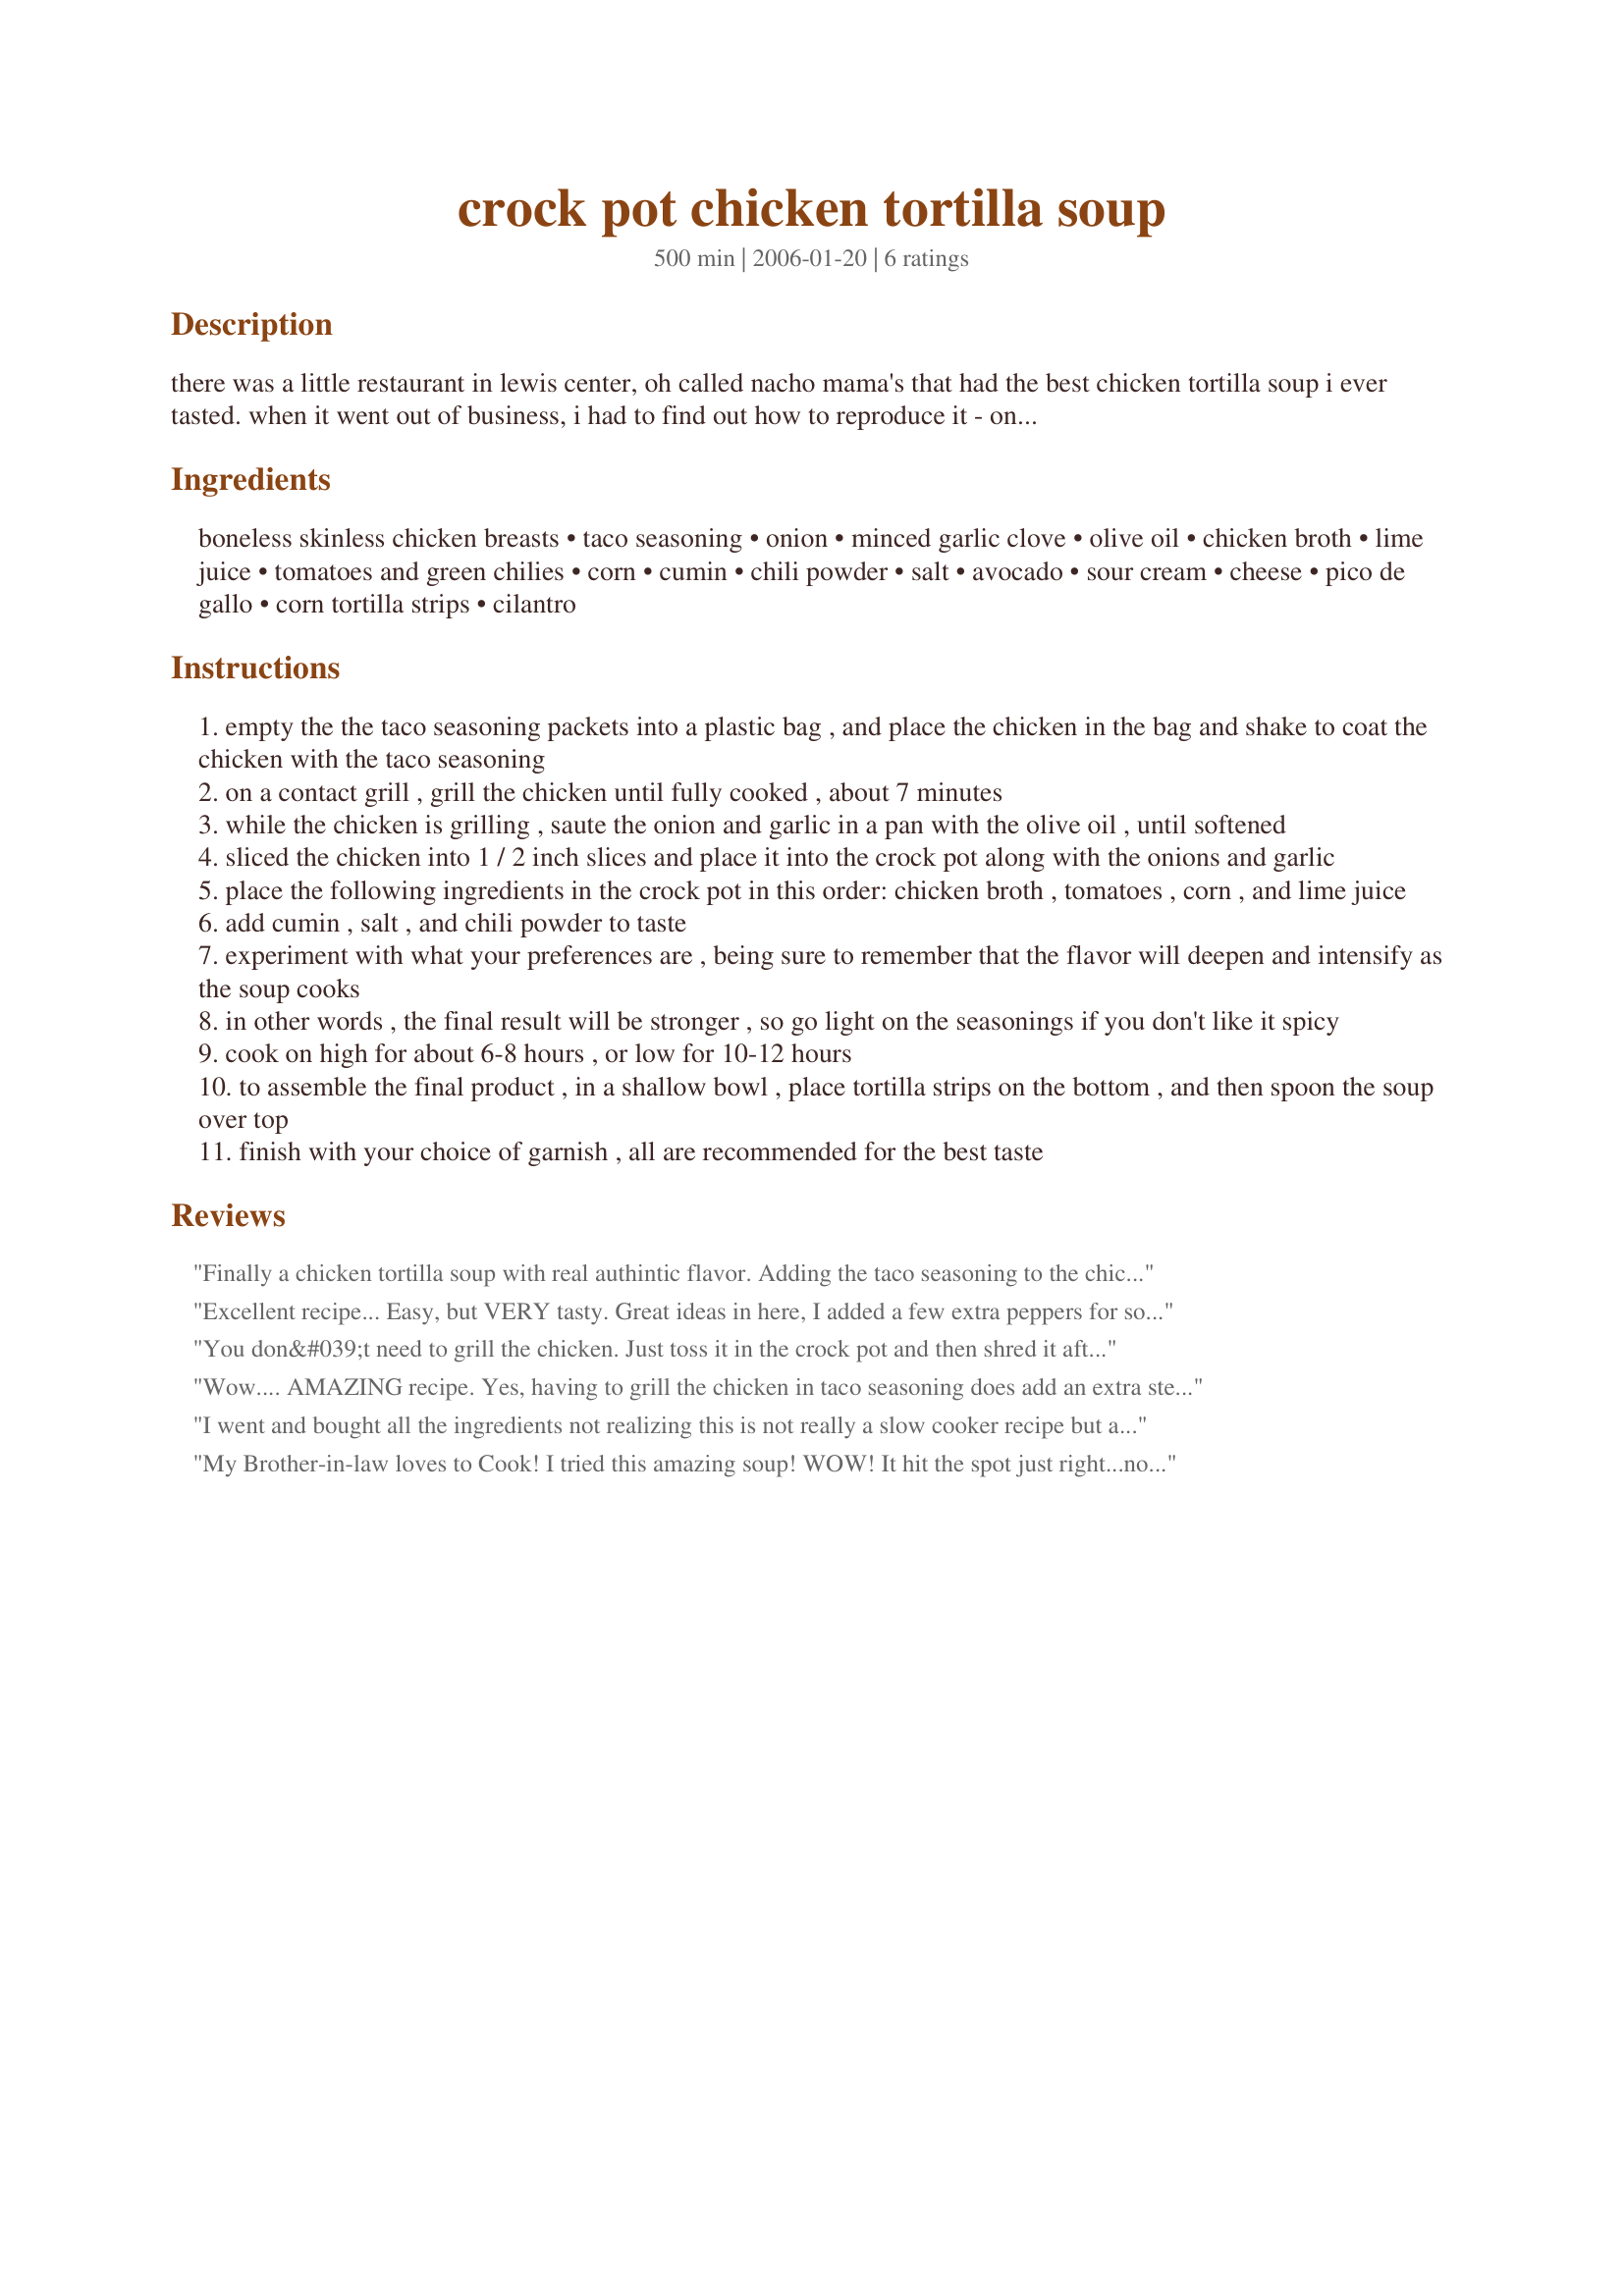
crock pot chicken tortilla soup
Preparation time: 500 minutes

there was a little restaurant in lewis center, oh called nacho mama's that had the best chicken tortilla soup i ever tasted. when it went out of business, i had to find out how to reproduce it - once i did, i slowly improved on the recipe until i made it my own.

Ingredients:
boneless skinless chicken breasts, taco seasoning, onion, minced garlic clove, olive oil, chicken broth, lime juice, tomatoes and green chilies, corn, cumin, chili powder, salt, avocado, sour cream, cheese, pico de gallo, corn tortilla strips, cilantro

Steps:
empty the the taco seasoning packets into a plastic bag , and place the chicken in the bag and shake to coat the chicken with the taco seasoning
on a contact grill , grill the chicken until fully cooked , about 7 minutes
while the chicken is grilling , saute the onion and garlic in a pan with the olive oil , until softened
sliced the chicken into 1 / 2 inch slices and place it into the crock pot along with the onions and garlic
place the following ingredients in the crock pot in this order: chicken broth , tomatoes , corn , and lime juice
add cumin , salt , and chili powder to taste
experiment with what your preferences are , being sure to remember that the flavor will deepen and intensify as the soup cooks
in other words , the final result will be stronger , so go light on the seasonings if you don't like it spicy
cook on high for about 6-8 hours , or low for 10-12 hours
to assemble the final product , in a shallow bowl , place tortilla strips on the bottom , and then spoon the soup over top
finish with your choice of garnish , all are recommended for the best taste

Reviews:
Finally a chicken tortilla soup with real authintic flavor. Adding the taco seasoning to the chicken as a marinade definately did the trick for me and now has become a family favorite for how we grill chicken! Thank you for your hard work to get this one down.
Excellent recipe... Easy, but VERY tasty. Great ideas in here, I added a few extra peppers for some heat. Worked great, easy to build on this recipe. Love the avocado on top!
You don&#039;t need to grill the chicken. Just toss it in the crock pot and then shred it after a few hours. Also, I added celery and garbonzo beans. Awesome taste!
Wow.... AMAZING recipe. Yes, having to grill the chicken in taco seasoning does add an extra step, but the flavor of the grill and seasoning on the chicken is what makes this recipe extra delicious. I didn't have ready-made taco seasoning on hand, so used "Kintencals" on here. Yum yum yum! <br/><br/>Oh, I think adding some black beans would have made it just a touch heartier for my husband who thinks of soup as a starter, not a main dish.
I went and bought all the ingredients not realizing this is not really a slow cooker recipe but a grill for a few hours then slow cook recipe. This is not apartment friendly. This should not be under the slow cooker recipes at all.
My Brother-in-law loves to Cook!
I tried this amazing soup! WOW! It hit the spot just right...now my husband wants me to make it for him. The fresh tortilla strips is the key to this recipe! Yummy!
